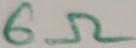
Text: 6Ω